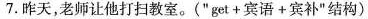
7.昨天，老师让他打扫教室。(”get+宾语+宾补”结构)